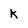
Character: k